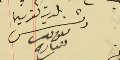
بلدية كفرشيما رئىس ىعوم دىب العارح